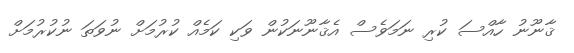
ޤާނޫނު ހާއްސަ ކުރި ނަމަވެސް އެޤާނޫނަކުން ވަކި ކަމެއް ކުރުމަށް ނުވަތަ ނުކުރުމަށް